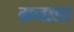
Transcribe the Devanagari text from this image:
ग्रनाडा